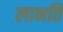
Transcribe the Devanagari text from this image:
लाभति